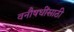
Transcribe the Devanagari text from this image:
वनौषधींसाठी